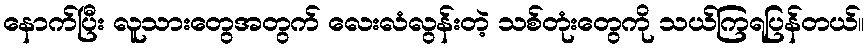
နောက်ပြီး လူသားတွေအတွက် လေးလံလွန်းတဲ့ သစ်တုံးတွေကို သယ်ကြရပြန်တယ်။